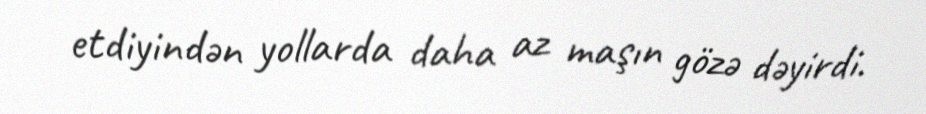
etdiyindən yollarda daha az maşın gözə dəyirdi.